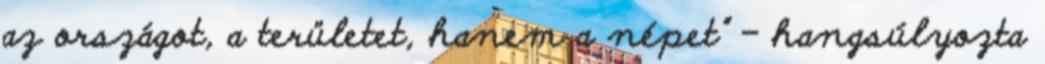
az országot, a területet, hanem a népet” - hangsúlyozta